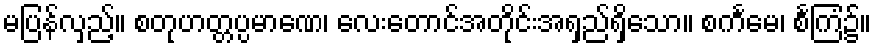
မပြန်လှည့်။ စတုဟတ္တပ္ပမာဏေ၊ လေးတောင်အတိုင်းအရှည်ရှိသော။ စင်္ကမေ၊ စင်္ကြံ၌။